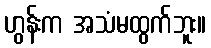
ဟွန်းက အသံမထွက်ဘူး။